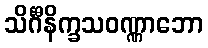
သိင်္ဂီနိက္ခသဝဏ္ဏာဘော